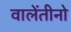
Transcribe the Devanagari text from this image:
वालेंतीनो